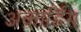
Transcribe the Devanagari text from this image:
अकार्डिंग